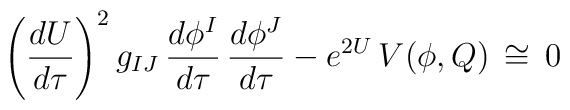
\left( \frac{dU}{d\tau}\right)^2 g_{IJ} \, \frac{d\phi^I}{d\tau} \,  \frac{d\phi^J}{d\tau} - e^{2U} \, V(\phi , Q) \,  \cong \, 0